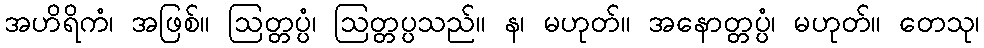
အဟိရိကံ၊ အဖြစ်။ ဩတ္တပ္ပံ၊ ဩတ္တပ္ပသည်။ န၊ မဟုတ်။ အနောတ္တပ္ပံ၊ မဟုတ်။ တေသု၊